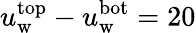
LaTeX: u_{\mathrm{w}}^{\mathrm{top}}-u_{\mathrm{w}}^{\mathrm{bot}}=20